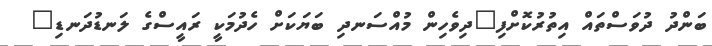
ބަންދު ދުވަސްތައް އިތުރުކޮށްފި"ދިވެހިން މުއްސަނދި ބަޔަކަށް ހެދުމަކީ ރައީސްގެ ލަނޑުދަނޑި"